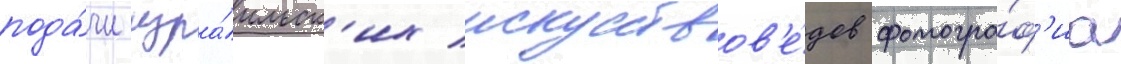
пода́чи изра́ильск'их искусствов'е́дов фотогра́ф'иа